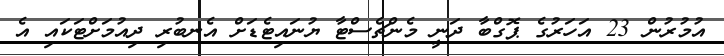
އުމުރުން 23 އަހަރުގެ ޕޮގްބާ ދަނީ މެންޗެސްޓާ ޔުނައިޓެޑަށް އެނބުރި ދިއުމަށްޓަކައި އެ